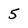
Character: 5